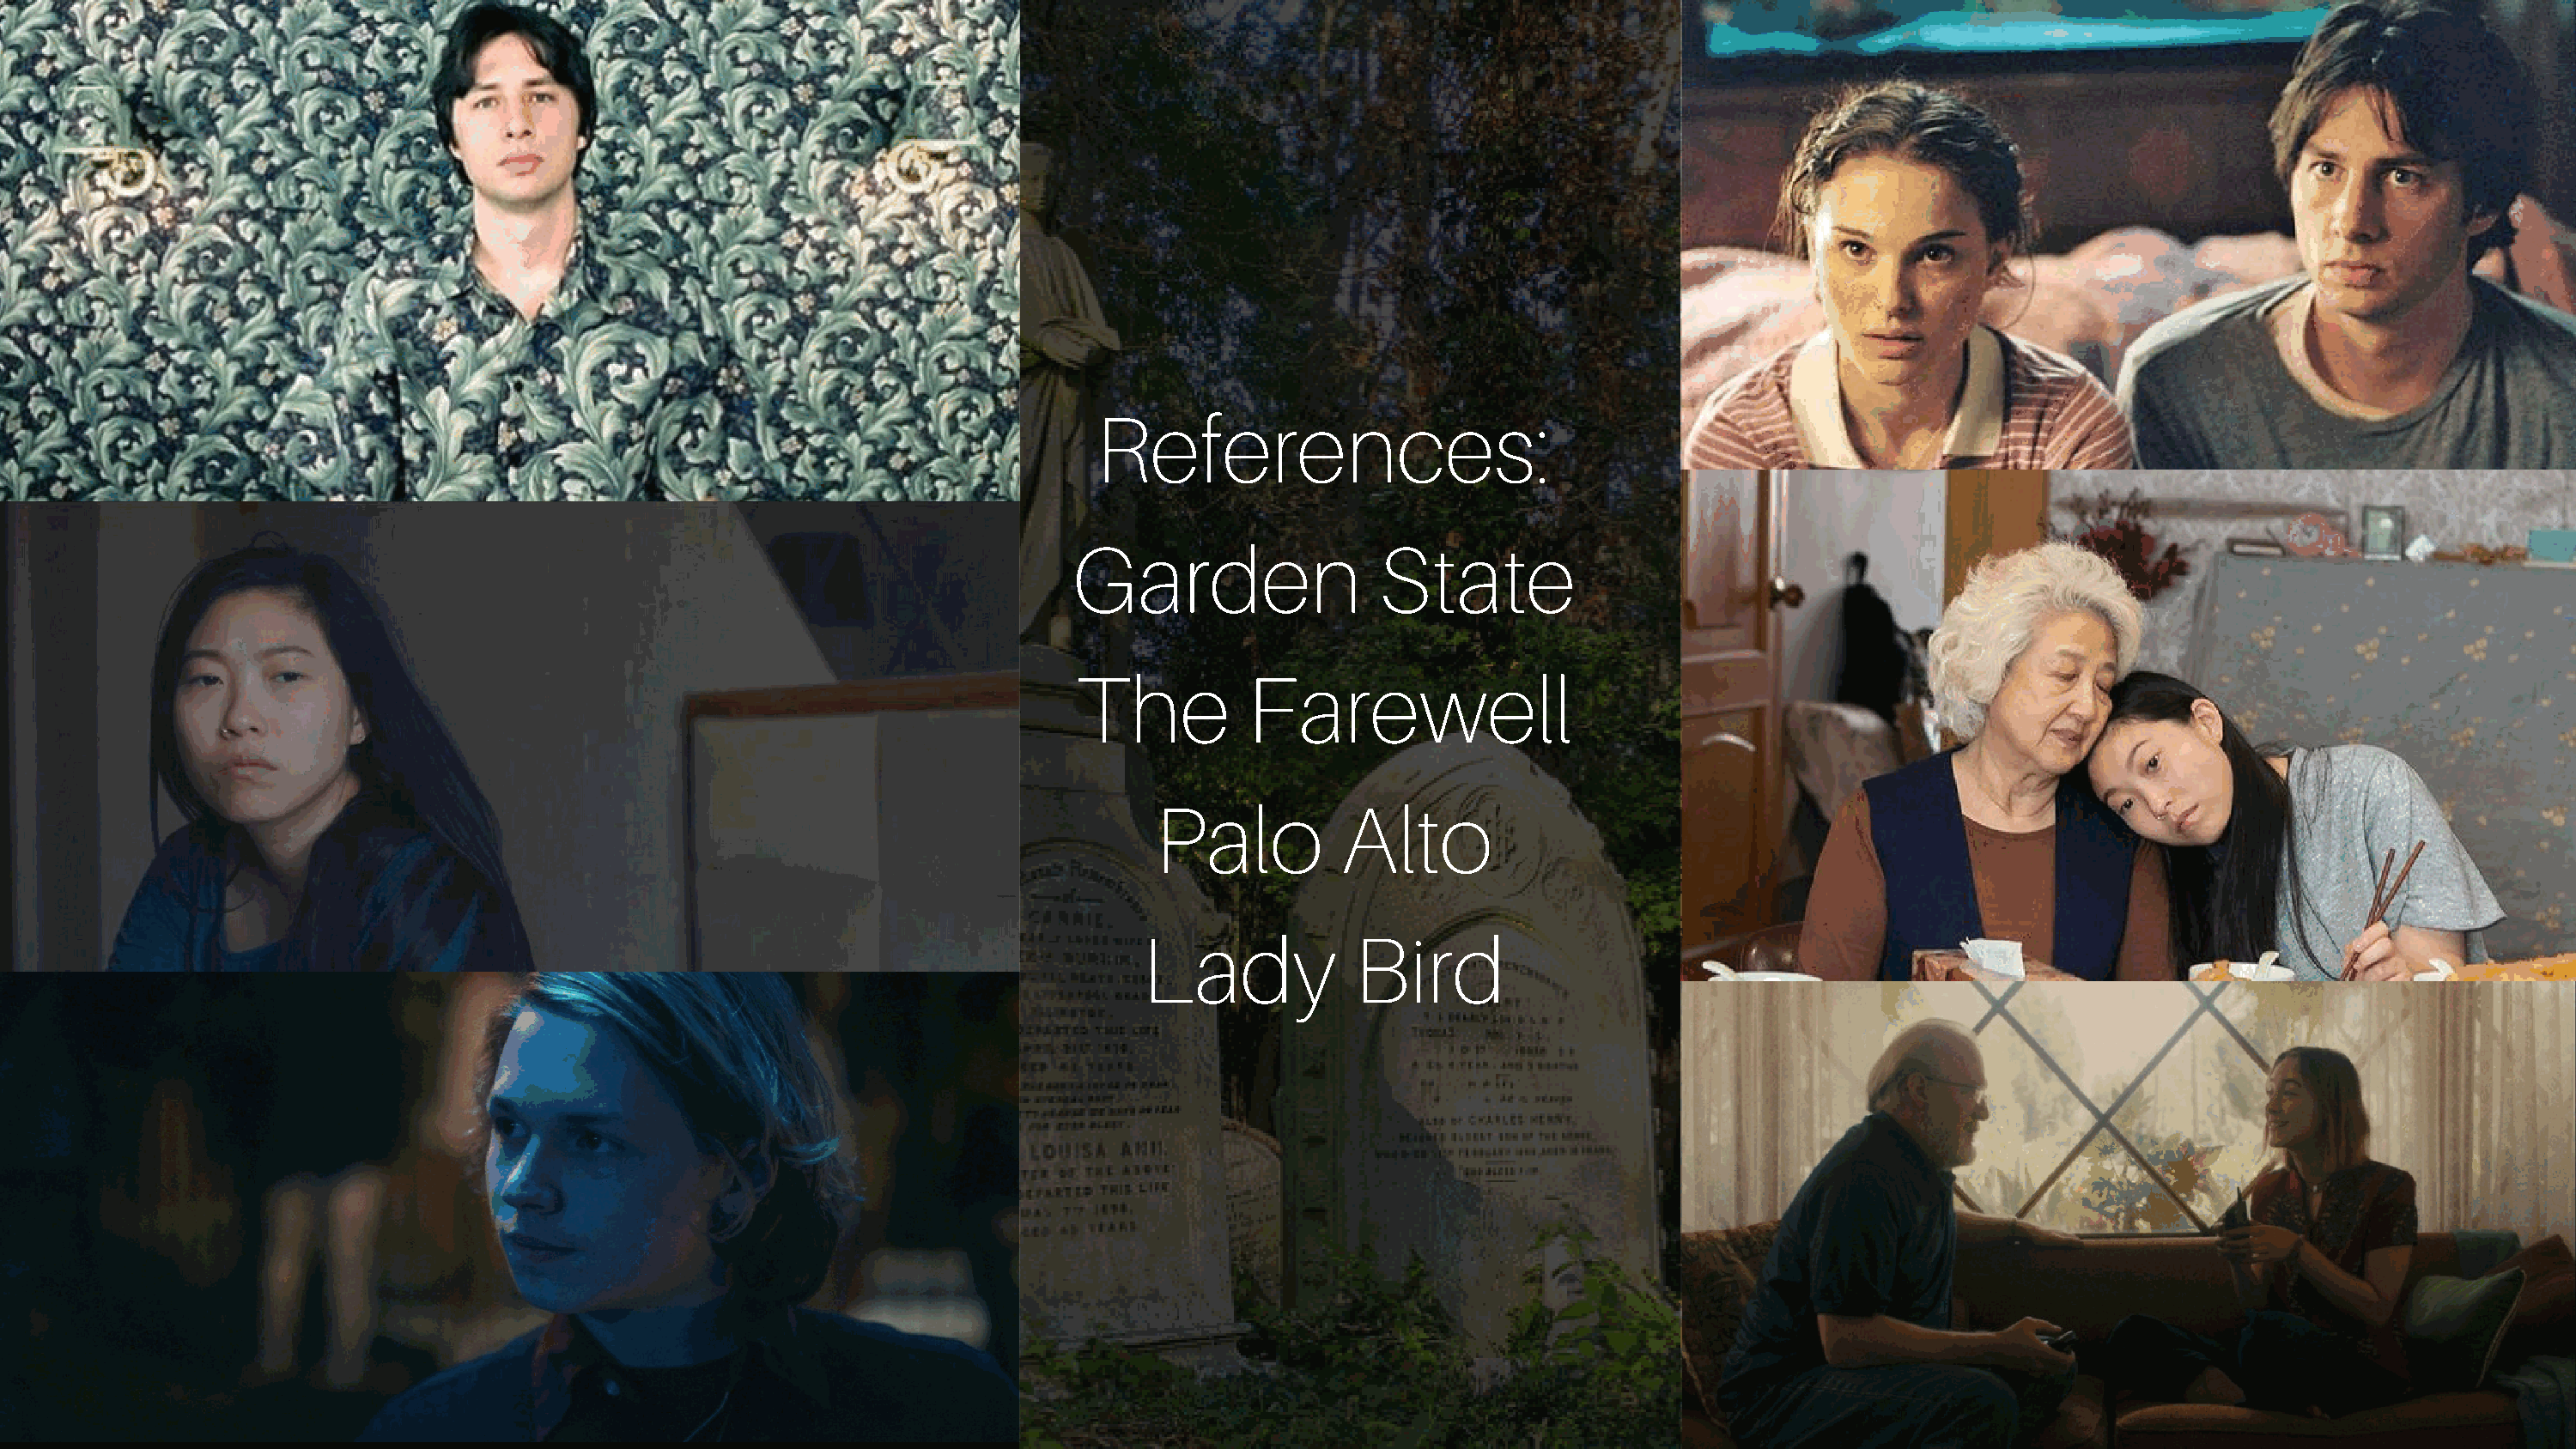
References:
 Garden                 State
 The          Farewell
 Palo          Alto
 Lady            Bird